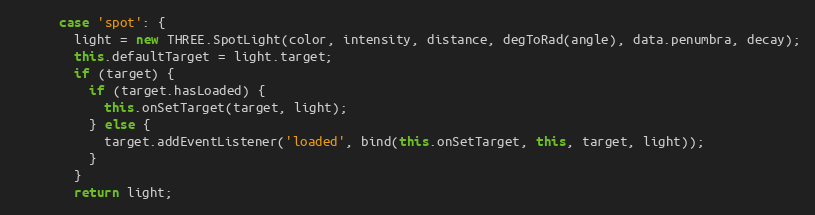
Language: JavaScript
      case 'spot': {
        light = new THREE.SpotLight(color, intensity, distance, degToRad(angle), data.penumbra, decay);
        this.defaultTarget = light.target;
        if (target) {
          if (target.hasLoaded) {
            this.onSetTarget(target, light);
          } else {
            target.addEventListener('loaded', bind(this.onSetTarget, this, target, light));
          }
        }
        return light;